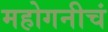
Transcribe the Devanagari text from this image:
महोगनीचं